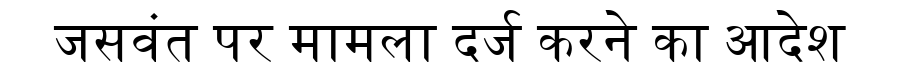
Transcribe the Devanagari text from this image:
जसवंत पर मामला दर्ज करने का आदेश